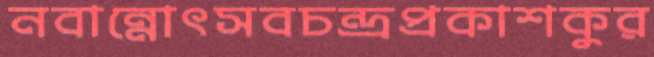
নবান্নোৎসবচন্দ্রপ্রকাশকুর